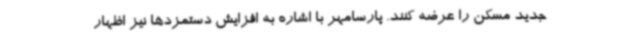
جدید مسکن را عرضه کنند. پارسامهر با اشاره به افزایش دستمزدها نیز اظهار